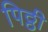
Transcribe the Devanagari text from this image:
पिठ्ठी